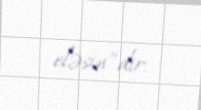
eləsin”dir.